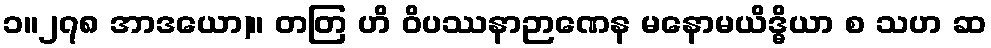
၁။၂၇၈ အာဒယော)။ တတြ ဟိ ဝိပဿနာဉာဏေန မနောမယိဒ္ဓိယာ စ သဟ ဆ